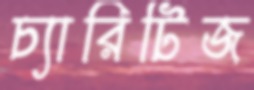
চ্যারিটিজ